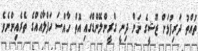
ތުއްތު ދަރިފުޅަށް ޒޫޝީގެ ނަން ދިނީ ގްރީންލޭންޑްގައި އޮތް ހާއްސަ ހަފްލާއެއްގެ ތެރެއިންނެވެ.